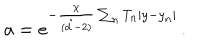
a = e ^ { - \frac { \chi } { ( \hat { d } - 2 ) } \sum _ { n } T _ { n } | y - y _ { n } | } \, .